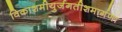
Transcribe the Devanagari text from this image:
विकाशमीयुर्जगतीशमार्गणा